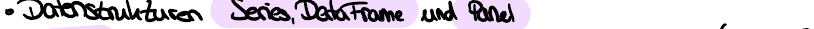
Datenstrukturen Series, DataFrame und Panel